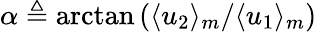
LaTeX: \alpha\triangleq\arctan\left(\langle u_{2}\rangle_{m}/\langle u_{1}\rangle_{m}\right)